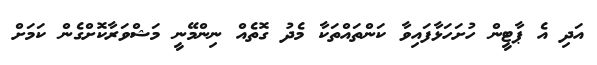
އަދި އެ ޕާޓީން ހުށަހަޅާފައިވާ ކަންތައްތަކާ މެދު ގޮތެއް ނިންމޭނީ މަޝްވަރާކޮށްގެން ކަމަށް